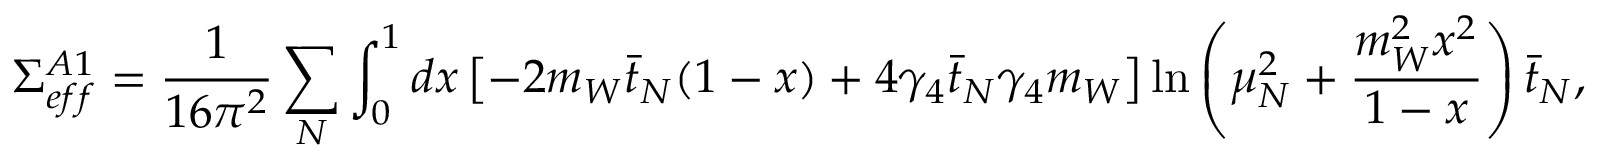
\Sigma _ { e f f } ^ { A 1 } = \frac { 1 } { 1 6 \pi ^ { 2 } } \sum _ { N } \int _ { 0 } ^ { 1 } d x \left[ - 2 m _ { W } \bar { t } _ { N } ( 1 - x ) + 4 \gamma _ { 4 } \bar { t } _ { N } \gamma _ { 4 } m _ { W } \right] \ln \left( \mu _ { N } ^ { 2 } + \frac { m _ { W } ^ { 2 } x ^ { 2 } } { 1 - x } \right) \bar { t } _ { N } ,